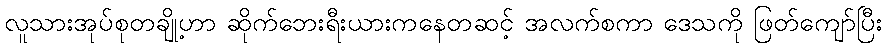
လူသားအုပ်စုတချို့ဟာ ဆိုက်ဘေးရီးယားကနေတဆင့် အလက်စကာ ဒေသကို ဖြတ်ကျော်ပြီး